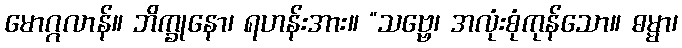
မောဂ္ဂလာန်။ ဘိက္ခုနော၊ ရဟန်းအား။ “သဗ္ဗေ၊ အလုံးစုံကုန်သော။ ဓမ္မာ၊